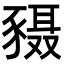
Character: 𬥄